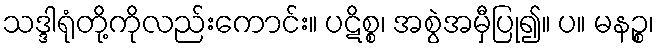
သဒ္ဒါရုံတို့ကိုလည်းကောင်း။ ပဋိစ္စ၊ အစွဲအမှီပြု၍။ ပ။ မနဉ္စ၊